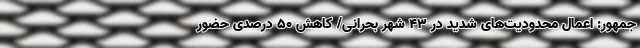
جمهور: اعمال محدودیت‌های شدید در 43 شهر بحرانی/ کاهش 50 درصدی حضور